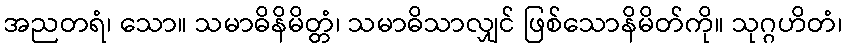
အညတရံ၊ သော။ သမာဓိနိမိတ္တံ၊ သမာဓိသာလျှင် ဖြစ်သောနိမိတ်ကို။ သုဂ္ဂဟိတံ၊